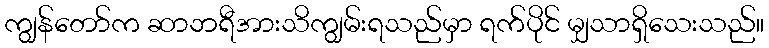
ကျွန်တော်က ဆာဘရီအားသိကျွမ်းရသည်မှာ ရက်ပိုင် မျှသာရှိသေးသည်။